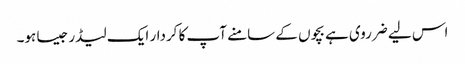
اس لیے ضرروی ہے بچوں کے سامنے آپ کا کردار ایک لیڈر جیسا ہو۔